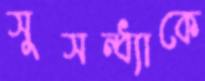
সুসন্ধ্যাকে